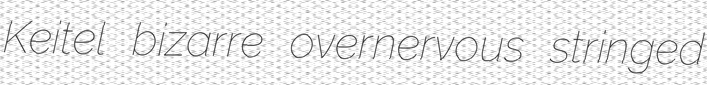
Keitel bizarre overnervous stringed